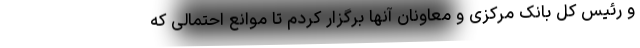
و رئیس کل بانک مرکزی و معاونان آنها برگزار کردم تا موانع احتمالی که